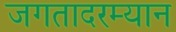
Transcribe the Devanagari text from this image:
जगतादरम्यान